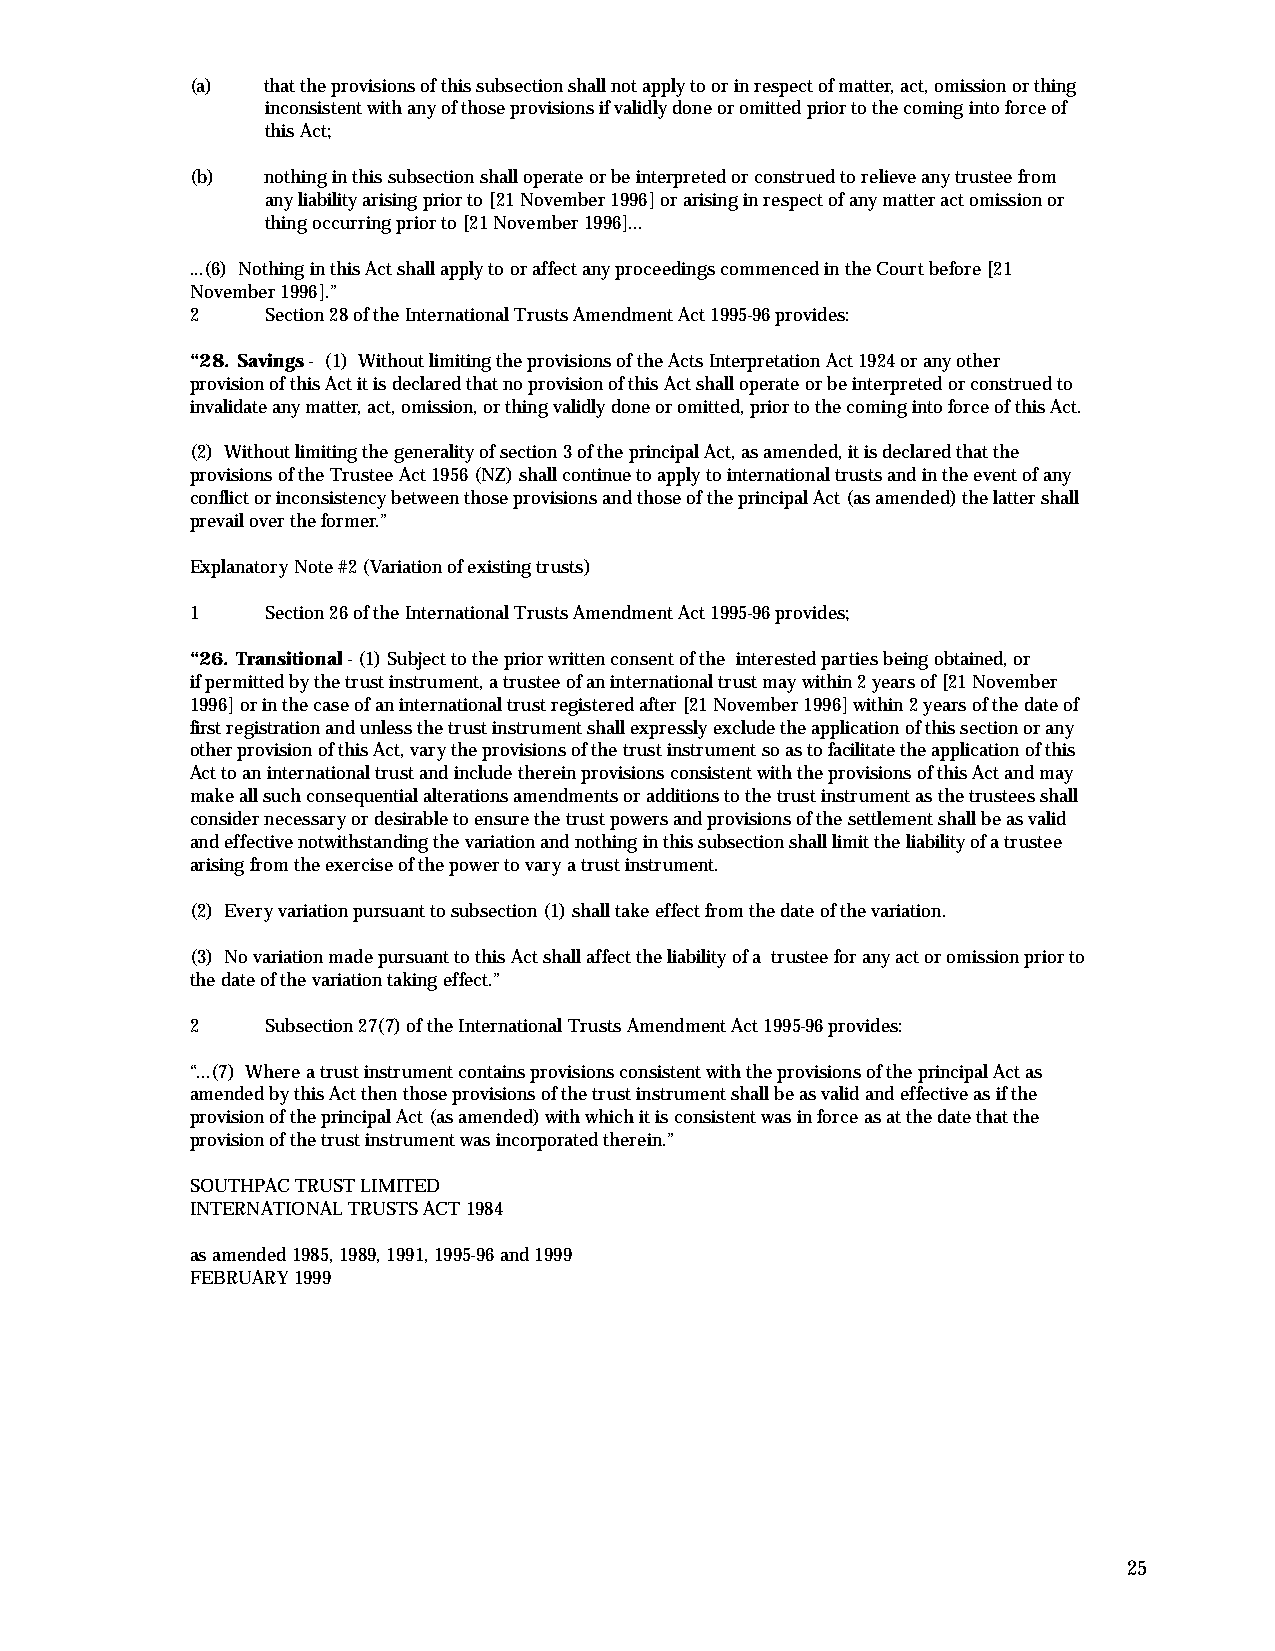
(a)  that the provisions of this subsection shall not apply to or in respect of matter, act, omission or thing
 inconsistent with any of those provisions if validly done or omitted prior to the coming into force of
 this Act;
 (b)  nothing in this subsection shall operate or be interpreted or construed to relieve any trustee from
 any liability arising prior to [21 November 1996] or arising in respect of any matter act omission or
 thing occurring prior to [21 November 1996]...
 ...(6) Nothing in this Act shall apply to or affect any proceedings commenced in the Court before [21
 November 1996].”
 2    Section 28 of the International Trusts Amendment Act 1995-96 provides:
 “28. Savings- (1) Without limiting the provisions of the Acts Interpretation Act 1924 or any other
 provision of this Act it is declared that no provision of this Act shall operate or be interpreted or construed to
 invalidate any matter, act, omission, or thing validly done or omitted, prior to the coming into force of this Act.
 (2) Without limiting the generality of section 3 of the principal Act, as amended, it is declared that the
 provisions of the Trustee Act 1956 (NZ) shall continue to apply to international trusts and in the event of any
 conflict or inconsistency between those provisions and those of the principal Act (as amended) the latter shall
 prevail over the former.”
 Explanatory Note #2 (Variation of existing trusts)
 1    Section 26 of the International Trusts Amendment Act 1995-96 provides;
 “26. Transitional- (1) Subject to the prior written consent of the interested parties being obtained, or
 if permitted by the trust instrument, a trustee of an international trust may within 2 years of [21 November
 1996] or in the case of an international trust registered after [21 November 1996] within 2 years of the date of
 first registration and unless the trust instrument shall expressly exclude the application of this section or any
 other provision of this Act, vary the provisions of the trust instrument so as to facilitate the application of this
 Act to an international trust and include therein provisions consistent with the provisions of this Act and may
 make all such consequential alterations amendments or additions to the trust instrument as the trustees shall
 consider necessary or desirable to ensure the trust powers and provisions of the settlement shall be as valid
 and effective notwithstanding the variation and nothing in this subsection shall limit the liability of a trustee
 arising from the exercise of the power to vary a trust instrument.
 (2) Every variation pursuant to subsection (1) shall take effect from the date of the variation.
 (3) No variation made pursuant to this Act shall affect the liability of a trustee for any act or omission prior to
 the date of the variation taking effect.”
 2    Subsection 27(7) of the International Trusts Amendment Act 1995-96 provides:
 “...(7) Where a trust instrument contains provisions consistent with the provisions of the principal Act as
 amended by this Act then those provisions of the trust instrument shall be as valid and effective as if the
 provision of the principal Act (as amended) with which it is consistent was in force as at the date that the
 provision of the trust instrument was incorporated therein.”
 SOUTHPAC TRUST LIMITED
 INTERNATIONAL TRUSTS ACT 1984
 as amended 1985, 1989, 1991, 1995-96 and 1999
 FEBRUARY 1999
 25